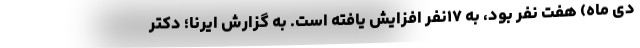
دی ماه) هفت نفر بود، به ۱۷نفر افزایش یافته است. به گزارش ایرنا؛ دکتر